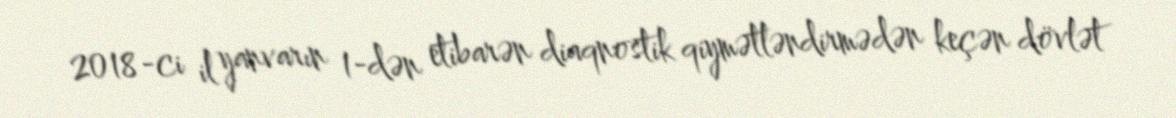
2018-ci il yanvarın 1-dən etibarən diaqnostik qiymətləndirmədən keçən dövlət